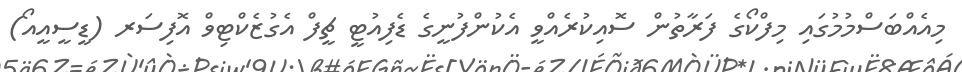
މިއެއްބަސްމުމުގައި މިފްކޯގެ ފަރާތުން ސޮއިކުރެއްވީ އެކުންފުނީގެ ޑެފިއުޓީ ޗީފް އެގުޒެކްޓިވް އޮފިސަރ (ޑީސީއީއޯ)